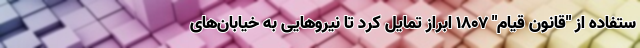
ستفاده از "قانون قیام" ۱۸۰۷ ابراز تمایل کرد تا نیروهایی به خیابان‌های